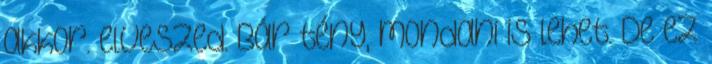
akkor. elveszed. Bár tény, mondani is lehet. De ez